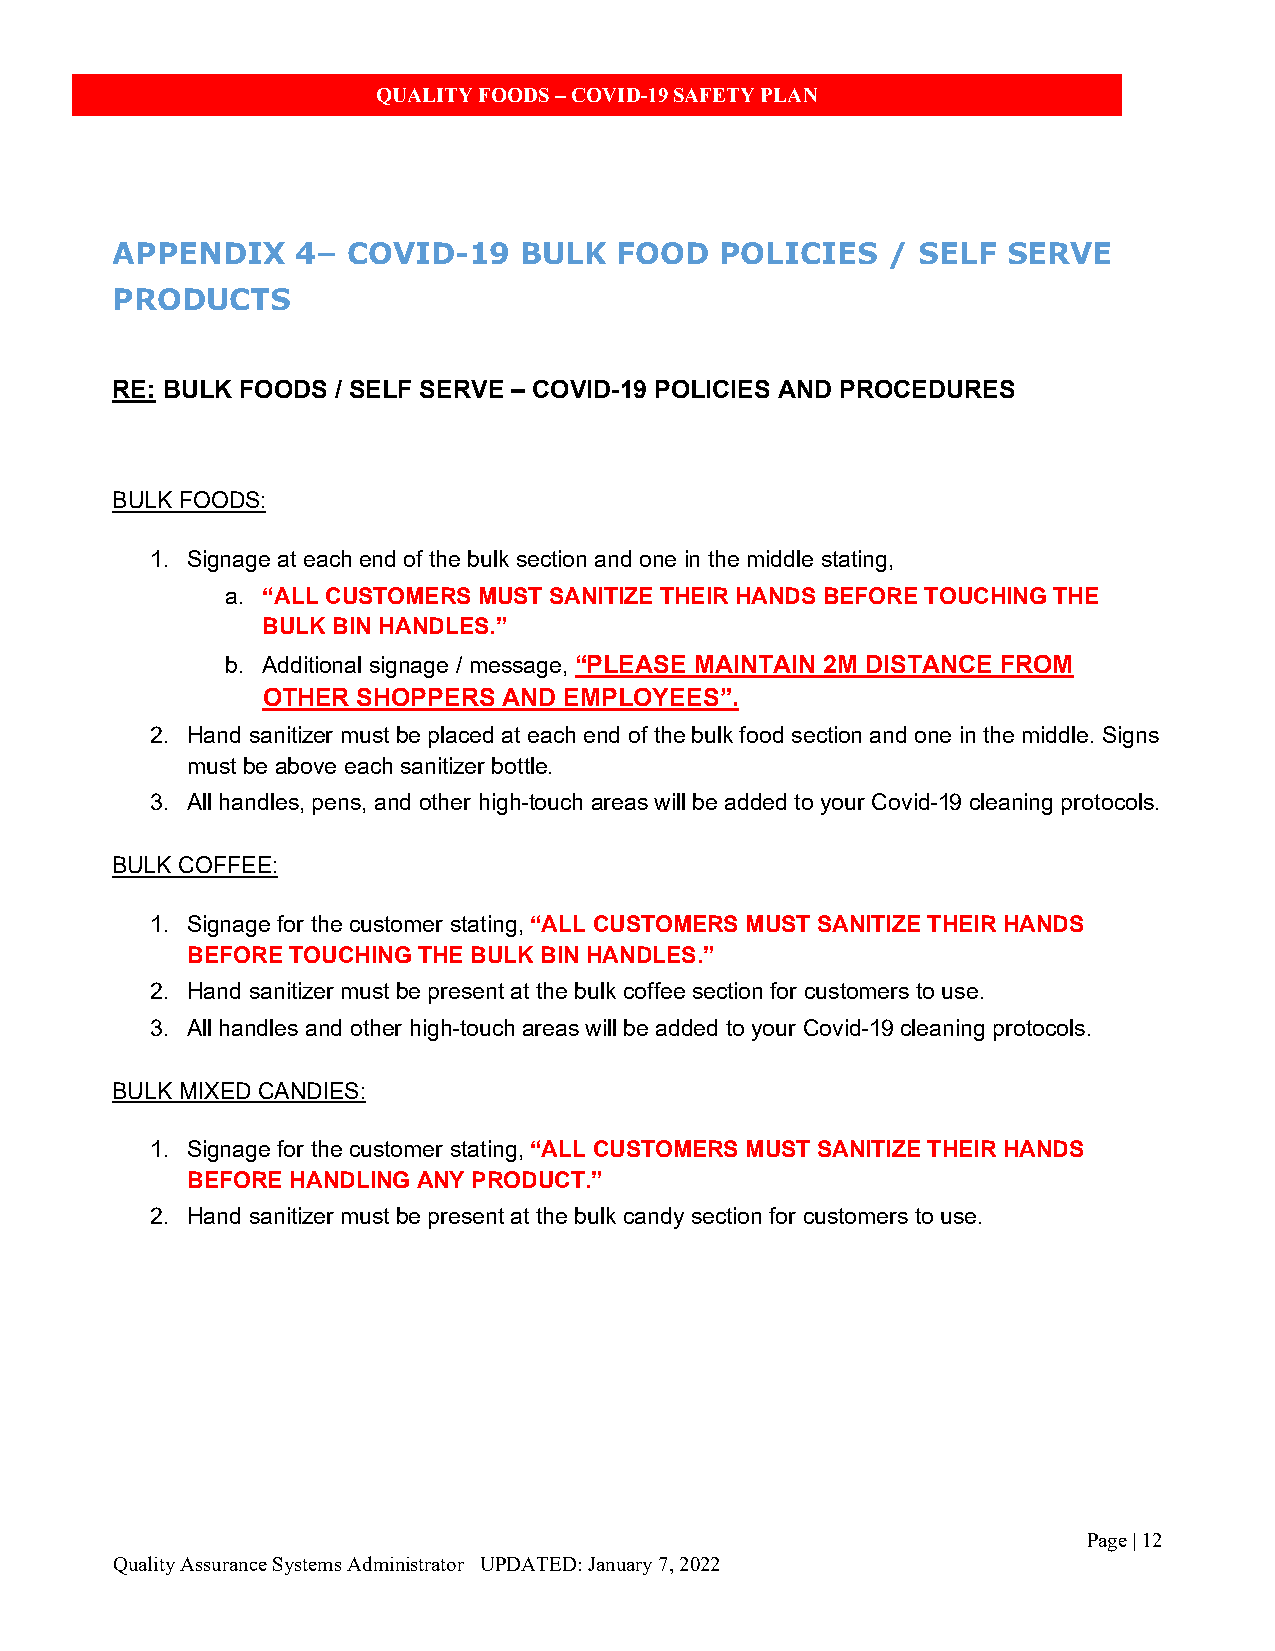
QUALITY FOODS – COVID-19 SAFETY PLAN
 APPENDIX     4– COVID-19   BULK   FOOD   POLICIES   / SELF  SERVE
 PRODUCTS
 RE: BULK FOODS / SELF SERVE – COVID-19 POLICIES AND PROCEDURES
 BULK FOODS:
 1. Signage at each end of the bulk section and one in the middle stating,
 a. “ALL CUSTOMERS MUST SANITIZE THEIR HANDS BEFORE TOUCHING THE
 BULK BIN HANDLES.”
 b. Additional signage / message, “PLEASE MAINTAIN 2M DISTANCE FROM
 OTHER  SHOPPERS AND EMPLOYEES”.
 2. Hand sanitizer must be placed at each end of the bulk food section and one in the middle. Signs
 must be above each sanitizer bottle.
 3. All handles, pens, and other high-touch areas will be added to your Covid-19 cleaning protocols.
 BULK COFFEE:
 1. Signage for the customer stating, “ALL CUSTOMERS MUST SANITIZE THEIR HANDS
 BEFORE TOUCHING THE BULK BIN HANDLES.”
 2. Hand sanitizer must be present at the bulk coffee section for customers to use.
 3. All handles and other high-touch areas will be added to your Covid-19 cleaning protocols.
 BULK MIXED CANDIES:
 1. Signage for the customer stating, “ALL CUSTOMERS MUST SANITIZE THEIR HANDS
 BEFORE HANDLING ANY PRODUCT.”
 2. Hand sanitizer must be present at the bulk candy section for customers to use.
 Page | 12
 Quality Assurance Systems Administrator UPDATED: January 7, 2022